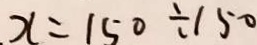
x = 1 5 0 \div 1 5 0